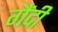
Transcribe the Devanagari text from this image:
गैंदी